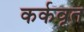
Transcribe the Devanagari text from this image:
कर्कवृत